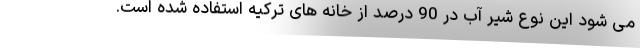
می شود این نوع شیر آب در 90 درصد از خانه های ترکیه استفاده شده است.